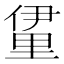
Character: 𮡖